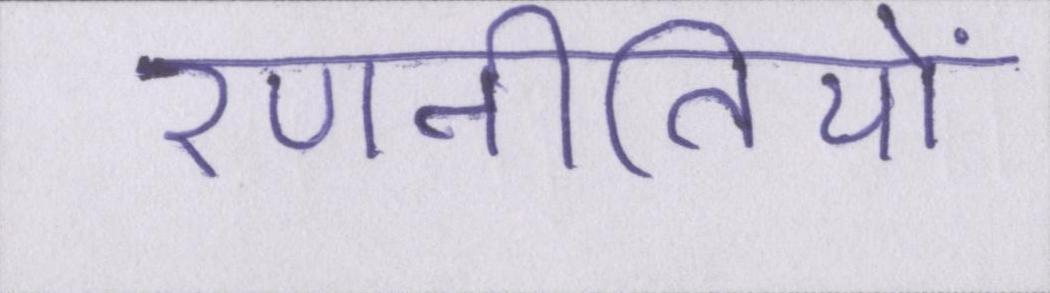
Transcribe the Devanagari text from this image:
रणनीतियों